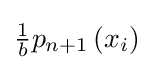
{\textstyle {\frac {1}{b}}p_{n+1}\left(x_{i}\right)}